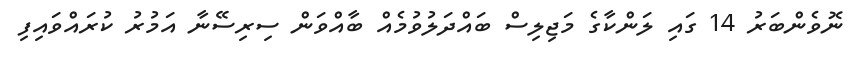
ނޮވެންބަރު 14 ގައި ލަންކާގެ މަޖިލިސް ބައްދަލުވުމެއް ބާއްވަން ސިރިސޭނާ އަމުރު ކުރައްވައިފި